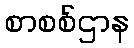
စာစစ်ဌာန